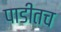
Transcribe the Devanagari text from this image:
पाडीतच